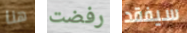
هنا رفضت سيفقد